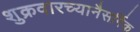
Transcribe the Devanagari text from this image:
शुक्रवारच्यानैसर्गिक